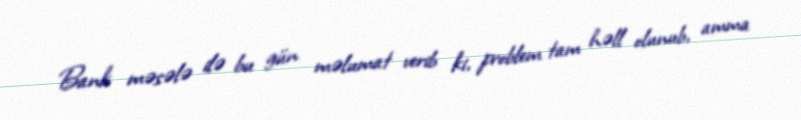
Bank məsələ ilə bu gün məlumat verib ki, problem tam həll olunub, amma